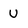
Character: u